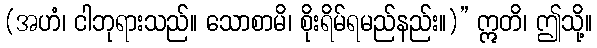
(အဟံ၊ ငါဘုရားသည်။ သောစာမိ၊ စိုးရိမ်ရမည်နည်း။)” ဣတိ၊ ဤသို့။